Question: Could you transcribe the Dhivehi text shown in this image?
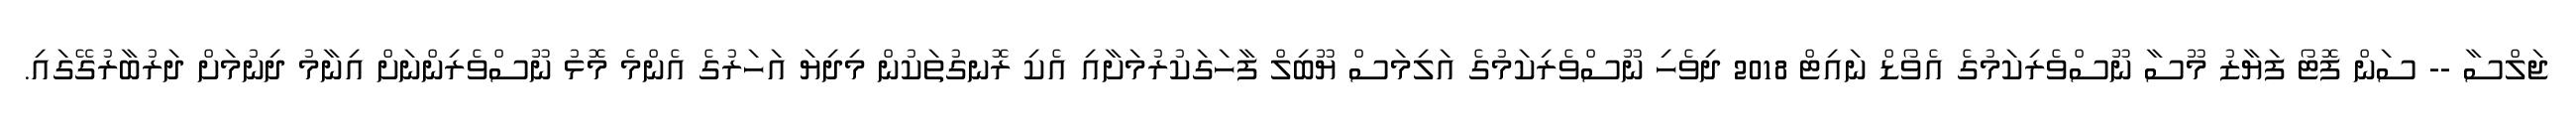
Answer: ޖަލްސާ -- ސަން ފޮޓޯ ފަޔާޒު މޫސާ ނޫސްވެރިކަމުގެ އެވޯޑް ނައިޓް 2018 ދިވެހި ނޫސްވެރިކަމުގެ އަލިމަސް ޔޫބިލް ފާހަގަކުރުމަށާއި އެކި ރޮނގުތަކުން މިދިޔަ އަހަރުގެ އެންމެ މޮޅު ނޫސްވެރިންނަށް އިނާމު ދިނުމަށް ދަރުބާރުގޭގައި.